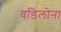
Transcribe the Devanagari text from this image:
वडिलोना